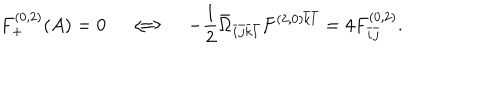
LaTeX: F _ { + } ^ { ( 0 , 2 ) } ( A ) = 0 \quad \Longleftrightarrow \quad - \frac { 1 } { 2 } \bar { \Omega } _ { \bar { i } \bar { j } \bar { k } \bar { l } } F ^ { ( 2 , 0 ) \bar { k } \bar { l } } = 4 F _ { \bar { i } \bar { j } } ^ { ( 0 , 2 ) } .